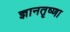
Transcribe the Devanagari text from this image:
ज्ञानतृष्णा